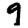
Digit: 9